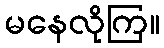
မနေလိုကြ။